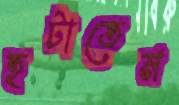
হটাতেম